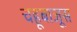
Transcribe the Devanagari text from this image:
चहूबाजूस